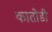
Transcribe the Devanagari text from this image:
कातोडी